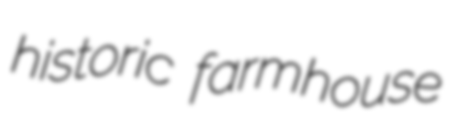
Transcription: historic farmhouse